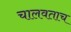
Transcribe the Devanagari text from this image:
चालवताच